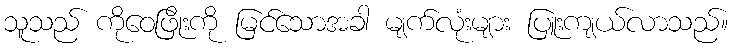
သူသည် ကိုဝေဖြိုးကို မြင်သောအခါ မျက်လုံးများ ပြူးကျယ်လာသည်။